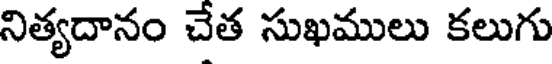
నిత్యదానం చేత సుఖములు కలుగు